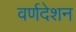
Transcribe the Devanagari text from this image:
वर्णदेशन